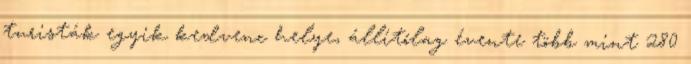
turisták egyik kedvenc helye, állítólag évente több mint 280